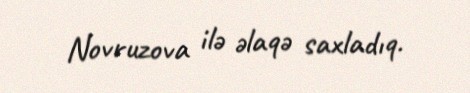
Novruzova ilə əlaqə saxladıq.